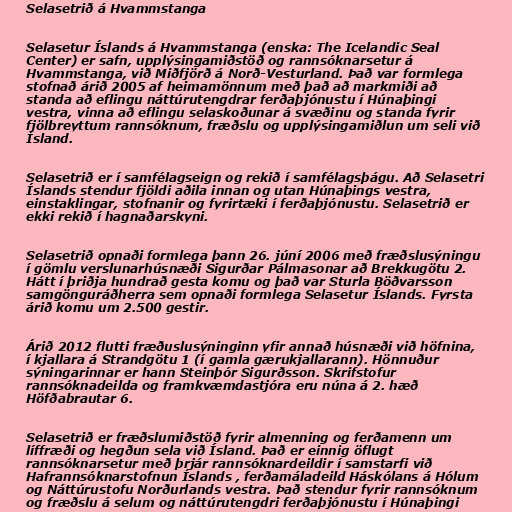
Selasetrið á Hvammstanga

Selasetur Íslands á Hvammstanga (enska: The Icelandic Seal
Center) er safn, upplýsingamiðstöð og rannsóknarsetur á
Hvammstanga, við Miðfjörð á Norð-Vesturland. Það var formlega
stofnað árið 2005 af heimamönnum með það að markmiði að
standa að eflingu náttúrutengdrar ferðaþjónustu í Húnaþingi
vestra, vinna að eflingu selaskoðunar á svæðinu og standa fyrir
fjölbreyttum rannsóknum, fræðslu og upplýsingamiðlun um seli við
Ísland.

Selasetrið er í samfélagseign og rekið í samfélagsþágu. Að Selasetri
Íslands stendur fjöldi aðila innan og utan Húnaþings vestra,
einstaklingar, stofnanir og fyrirtæki í ferðaþjónustu. Selasetrið er
ekki rekið í hagnaðarskyni.

Selasetrið opnaði formlega þann 26. júní 2006 með fræðslusýningu
í gömlu verslunarhúsnæði Sigurðar Pálmasonar að Brekkugötu 2.
Hátt í þriðja hundrað gesta komu og það var Sturla Böðvarsson
samgönguráðherra sem opnaði formlega Selasetur Íslands. Fyrsta
árið komu um 2.500 gestir.

Árið 2012 flutti fræðuslusýninginn yfir annað húsnæði við höfnina,
í kjallara á Strandgötu 1 (í gamla gærukjallarann). Hönnuður
sýningarinnar er hann Steinþór Sigurðsson. Skrifstofur
rannsóknadeilda og framkvæmdastjóra eru núna á 2. hæð
Höfðabrautar 6.

Selasetrið er fræðslumiðstöð fyrir almenning og ferðamenn um
líffræði og hegðun sela við Ísland. Það er einnig öflugt
rannsóknarsetur með þrjár rannsóknardeildir í samstarfi við
Hafrannsóknarstofnun Íslands , ferðamáladeild Háskólans á Hólum
og Náttúrustofu Norðurlands vestra. Það stendur fyrir rannsóknum
og fræðslu á selum og náttúrutengdri ferðaþjónustu í Húnaþingi